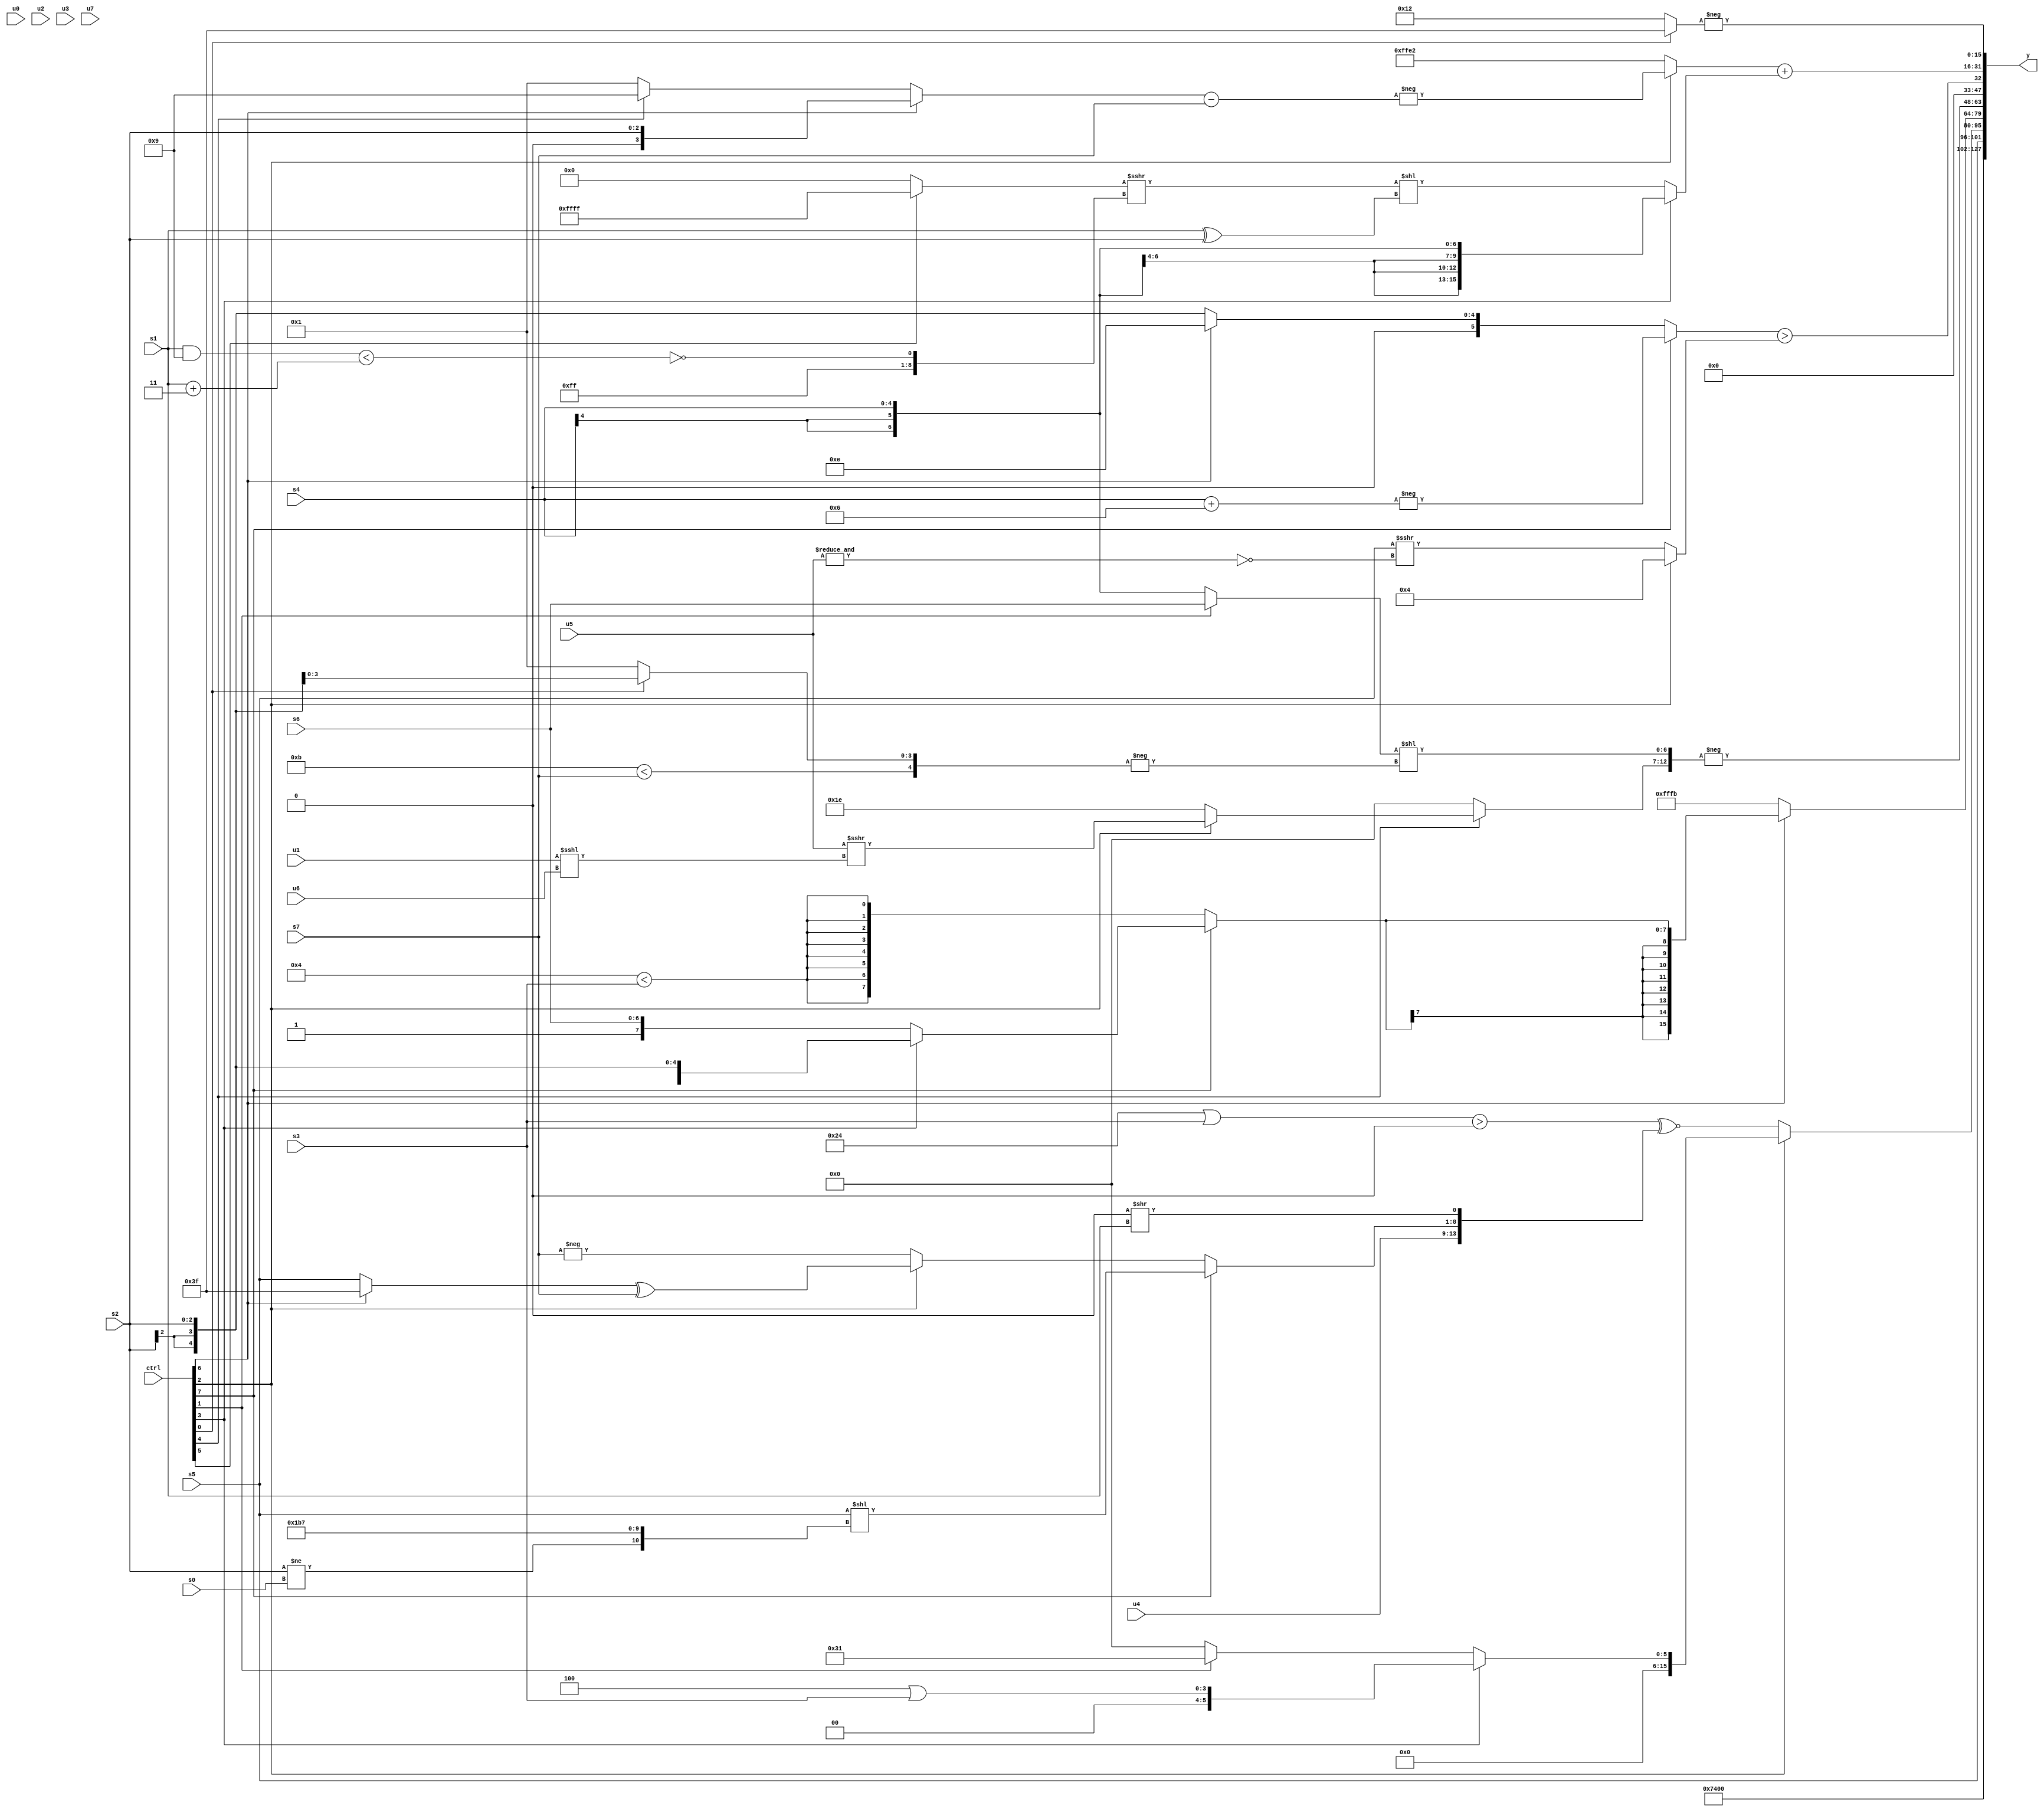
module wideexpr_00880(ctrl, u0, u1, u2, u3, u4, u5, u6, u7, s0, s1, s2, s3, s4, s5, s6, s7, y);
  input [7:0] ctrl;
  input [0:0] u0;
  input [1:0] u1;
  input [2:0] u2;
  input [3:0] u3;
  input [4:0] u4;
  input [5:0] u5;
  input [6:0] u6;
  input [7:0] u7;
  input signed [0:0] s0;
  input signed [1:0] s1;
  input signed [2:0] s2;
  input signed [3:0] s3;
  input signed [4:0] s4;
  input signed [5:0] s5;
  input signed [6:0] s6;
  input signed [7:0] s7;
  output [127:0] y;
  wire [15:0] y0;
  wire [15:0] y1;
  wire [15:0] y2;
  wire [15:0] y3;
  wire [15:0] y4;
  wire [15:0] y5;
  wire [15:0] y6;
  wire [15:0] y7;
  assign y = {y0,y1,y2,y3,y4,y5,y6,y7};
  assign y0 = 6'sb011101;
  assign y1 = {s5};
  assign y2 = (ctrl[2]?(ctrl[3]?($signed(4'sb0100))|(s3):(ctrl[1]?$unsigned((+($signed(6'sb001001)))^(6'sb111000)):~|({1{4'sb1101}}))):({1{(($signed($signed(6'sb100100)))|(s3))>($signed((~^(5'sb00100))&((u5)!=(2'b11))))}})^~({u4,(ctrl[7]?($signed($signed(s5)))<<({(s2)!=(s0),1'sb0,$signed(5'sb11011),-(4'b1001)}):(ctrl[2]?((ctrl[6]?1'sb1:s5))^(s7):-(s7))),(1'sb0)>>(+({1{s1}}))}));
  assign y3 = (ctrl[6]?$signed($signed((ctrl[7]?(ctrl[3]?s2:$signed({(1'sb0)==(3'sb000),(ctrl[7]?s6:s4)})):+($signed({2{(4'sb0100)<(s3)}}))))):4'sb1011);
  assign y4 = -({(6'sb001111)<<(6'sb101100),(ctrl[4]?(ctrl[2]?(+(u5))>>>((u1)<<<(u6)):$signed(-(5'b00010))):$signed((3'b101)>=({2{5'sb01100}}))),($unsigned((ctrl[1]?s6:s4)))<<(-({(5'sb11011)<(s7),(ctrl[0]?s2:4'sb0001)}))});
  assign y5 = ((ctrl[7]?-($signed($unsigned((s4)+(4'sb0110)))):+($unsigned((ctrl[6]?$signed(5'sb01110):$signed(s2))))))>((ctrl[2]?+(3'sb100):($signed(s5))>>>(~&({1{{1{u5}}}}))));
  assign y6 = ((ctrl[2]?-(($signed((ctrl[6]?$signed(s2):(ctrl[4]?4'b1001:1'sb1))))-(s7)):6'sb100010))+((ctrl[3]?s4:(((ctrl[5]?1'sb1:$signed((u0)>>(1'sb1))))>>>((({3{3'sb110}})>>(5'b10010))^~(((s1)&(4'sb1001))<((s1)+(2'b11)))))<<((s1)^(s2))));
  assign y7 = -((ctrl[0]?1'sb1:6'sb010010));
endmodule